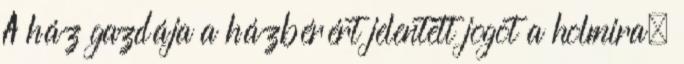
A ház gazdája a házbérért jelentett jogot a holmira.